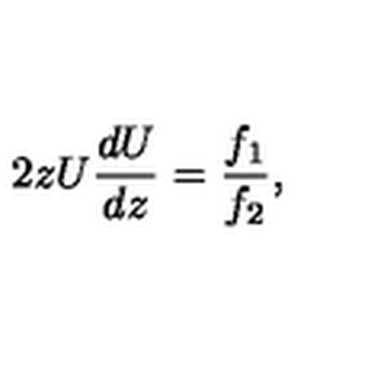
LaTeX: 2 z U { \frac { d U } { d z } } = { \frac { f _ { 1 } } { f _ { 2 } } } ,